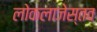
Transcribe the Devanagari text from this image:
लोकलाजेस्तव